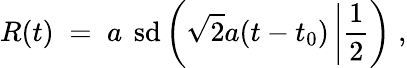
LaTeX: R(t)\; =\; a\, \mathrm{\mathbf~sd}\left(\sqrt{2}a(t-t_{0})\left|\frac{1}{2}\right.\right)\; ,